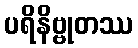
ပရိနိဗ္ဗုတဿ